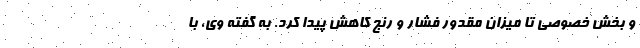
و بخش خصوصی تا میزان مقدور فشار و رنج کاهش پیدا کرد. به گفته وی، با